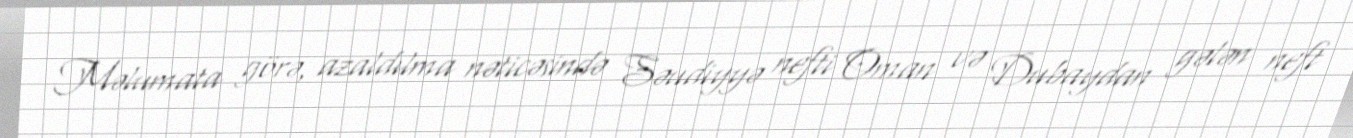
Məlumata görə, azaldılma nəticəsində Səudiyyə nefti Oman və Dubaydan gələn neft